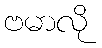
ဗမာလို